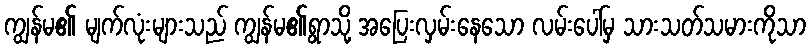
ကျွန်မ၏ မျက်လုံးများသည် ကျွန်မ၏ရွာသို့ အပြေးလှမ်းနေသော လမ်းပေါ်မှ သားသတ်သမားကိုသာ